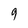
Character: 9